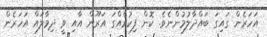
އަހަރެން ގައިގަ ބައްދާލުމުންނެވެ. ކޮން ފިކުރެއްގަ އަރޫން އާއި ވީ ދިމާލައް އަހަރެން